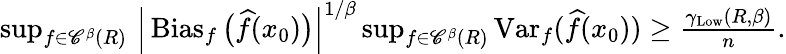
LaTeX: \begin{array}{r}{\operatorname*{sup}_{f\in{\mathscr C}^{\beta}(R)}\, \Big|\operatorname{Bias}_{f}\big(\widehat f(x_{0})\big)\Big|^{1/\beta}\operatorname*{sup}_{f\in{\mathscr C}^{\beta}(R)}\operatorname{Var}_{f}(\widehat f(x_{0}))\geq\frac{\gamma_{\mathrm{Low}}(R,\beta)}{n}.}\end{array}